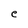
Character: e